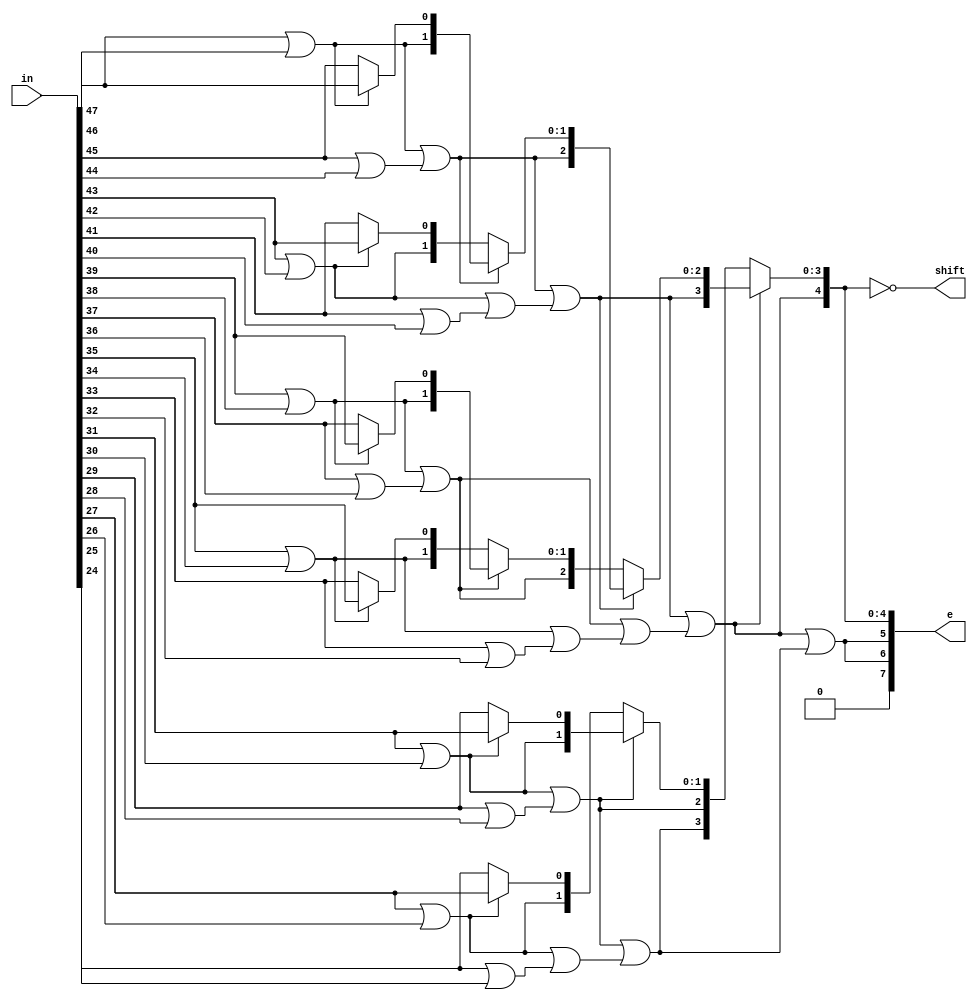
module cordic_floatingpoint_mul_K_Shift_count (
	//	Inputs
	input	[47:0]	in,
	
	//	Outputs
	output	[4:0]	shift,
	output	[7:0]	e
);

/*****************************************************************************
 *                 Internal Wires and Registers Declarations                 *
 *****************************************************************************/
 
 //	Stage 1
 wire	or_47_46;
 wire	mux_47_45;
 wire	or_45_44;
 
 wire	or_43_42;
 wire	mux_43_41;
 wire	or_41_40;
 
 wire	or_39_38;
 wire	mux_39_37;
 wire	or_37_36;
 
 wire	or_35_34;
 wire	mux_35_33;
 wire	or_33_32;
 
 wire	or_31_30;
 wire	mux_31_29;
 wire	or_29_28;
 
 wire	or_27_26;
 wire	mux_27_25;
 wire	or_25_24;
 
 //	Stage 2
 wire			or_47_to_44;
 wire	[1:0]	mux_47_to_40;
 wire			or_43_to_40;
 
 wire			or_39_to_36;
 wire	[1:0]	mux_39_to_32;
 wire			or_35_to_32;
 
 wire			or_31_to_28;
 wire	[1:0]	mux_31_to_24;
 wire			or_27_to_24;
 
 //	Stage 3
 wire			or_47_to_40;
 wire	[2:0]	mux_47_to_32;
 wire			or_39_to_32;
 
 wire			or_31_to_24;
 wire	[2:0]	mux_31_to_end;
 
 //	Stage 4
 wire			or_47_to_32;
 wire	[3:0]	mux_47_to_24;
 
 //	Final Stage
 wire			zero;
 
/*****************************************************************************
 *                                  Stage 1                                  *
 *****************************************************************************/
 
 assign or_47_46 = in[47] | in[46];
 assign mux_47_45 = (or_47_46) ? in[47] : in[45];
 assign or_45_44 = in[45] | in[44];
 
 assign or_43_42 = in[43] | in[42];
 assign mux_43_41 = (or_43_42) ? in[43] : in[41];
 assign or_41_40 = in[41] | in[40];
 
 assign or_39_38 = in[39] | in[38];
 assign mux_39_37 = (or_39_38) ? in[39] : in[37];
 assign or_37_36 = in[37] | in[36];
 
 assign or_35_34 = in[35] | in[34];
 assign mux_35_33 = (or_35_34) ? in[35] : in[33];
 assign or_33_32 = in[33] | in[32];
 
 assign or_31_30 = in[31] | in[30];
 assign mux_31_29 = (or_31_30) ? in[31] : in[29];
 assign or_29_28 = in[29] | in[28];
 
 assign or_27_26 = in[27] | in[26];
 assign mux_27_25 = (or_27_26) ? in[27] : in[25];
 assign or_25_24 = in[25] | in[24];
 
/*****************************************************************************
 *                                  Stage 2                                  *
 *****************************************************************************/
 
 assign or_47_to_44 = or_47_46 | or_45_44;
 assign mux_47_to_40 = (or_47_to_44) ? {or_47_46, mux_47_45} : {or_43_42, mux_43_41};
 assign or_43_to_40 = or_43_42 | or_41_40;
 
 assign or_39_to_36 = or_39_38 | or_37_36;
 assign mux_39_to_32 = (or_39_to_36) ? {or_39_38, mux_39_37} : {or_35_34, mux_35_33};
 assign or_35_to_32 = or_35_34 | or_33_32;
 
 assign or_31_to_28 = or_31_30 | or_29_28;
 assign mux_31_to_24 = (or_31_to_28) ? {or_31_30, mux_31_29} : {or_27_26, mux_27_25};
 assign or_27_to_24 = or_27_26 | or_25_24;
 
/*****************************************************************************
 *                                  Stage 3                                  *
 *****************************************************************************/
 
 assign or_47_to_40 = or_47_to_44 | or_43_to_40;
 assign mux_47_to_32 = (or_47_to_40) ? {or_47_to_44, mux_47_to_40} : {or_39_to_36, mux_39_to_32};
 assign or_39_to_32 = or_39_to_36 | or_35_to_32;
 
 assign or_31_to_24 = or_31_to_28 | or_27_to_24;
 assign mux_31_to_end = {or_31_to_28, mux_31_to_24};
 
/*****************************************************************************
 *                                  Stage 4                                  *
 *****************************************************************************/
 
 assign or_47_to_32 = or_47_to_40 | or_39_to_32;
 assign mux_47_to_24 = (or_47_to_32) ? {or_47_to_40, mux_47_to_32} : {or_31_to_24, mux_31_to_end};
 
/*****************************************************************************
 *                                Final Stage                                *
 *****************************************************************************/
 
 assign shift = ~{or_47_to_32, mux_47_to_24};
 assign zero = or_47_to_32 | or_31_to_24;
 
/*****************************************************************************
 *                              Exponent part                                *
 *****************************************************************************/
 
 assign e[7:5] = { 1'b0, {(2){zero}} };
 assign e[4:0] = {or_47_to_32, mux_47_to_24};
 
endmodule